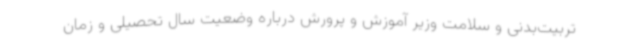
تربیت‌بدنی و سلامت وزیر آموزش و پرورش درباره وضعیت سال تحصیلی و زمان